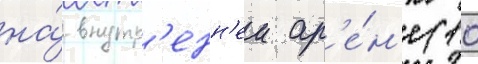
на́ внутр'енн'еи ар'е́н'е (10